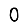
Digit: 0